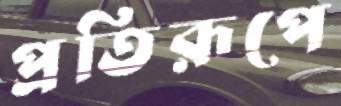
প্রতিরূপে